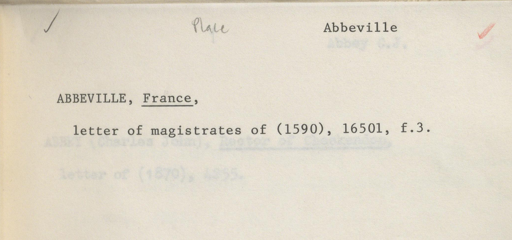
Label: content